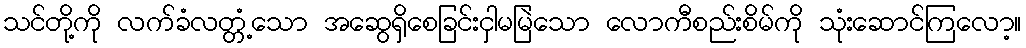
သင်တို့ကို လက်ခံလတ္တံ့သော အဆွေရှိစေခြင်းငှါမမြဲသော လောကီစည်းစိမ်ကို သုံးဆောင်ကြလော့။